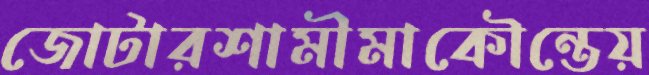
জোটারশামীমাকৌন্তেয়